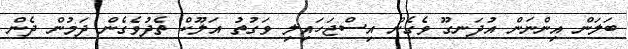
ބަލަން އިންނަން އުދަނގޫ ވެގެން އިސްޖަހައިލި ވަގުތު އަލޫކް ތެދުވެގެން ދަމުން ދެން